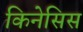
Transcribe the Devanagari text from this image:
किनेसिस